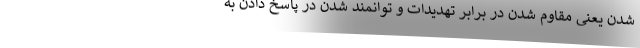
شدن یعنی مقاوم شدن در برابر تهدیدات و توانمند شدن در پاسخ دادن به